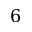
6